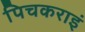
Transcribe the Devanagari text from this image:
पिचकराइं